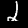
Label: 2